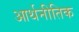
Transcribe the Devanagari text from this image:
आर्थनीतिक